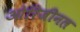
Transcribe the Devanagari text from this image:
ओरिजीनल